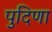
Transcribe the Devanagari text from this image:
पुदिणा